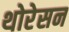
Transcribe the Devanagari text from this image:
थोरेसन